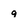
Character: q